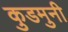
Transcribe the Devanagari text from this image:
कुडमुनी